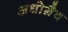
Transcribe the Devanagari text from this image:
अधोग्रैव